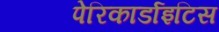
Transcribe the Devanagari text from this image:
पेरिकार्डाइटिस